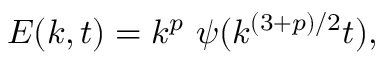
{ \cal E } ( k , t ) = k ^ { p } ~ \psi ( k ^ { ( 3 + p ) / 2 } t ) ,